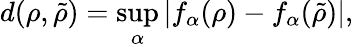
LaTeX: d(\rho,\tilde{\rho})=\operatorname*{sup}_{\alpha}|f_{\alpha}(\rho)-f_{\alpha}(\tilde{\rho})|,